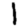
Digit: 1